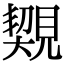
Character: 䚉